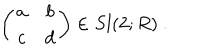
LaTeX: \left( \begin{matrix} { { a } } & { { b } } \\ { { c } } & { { d } } \\ \end{matrix} \right) \in S l ( 2 ; R ) \ .